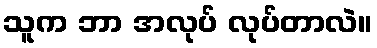
သူက ဘာ အလုပ် လုပ်တာလဲ။